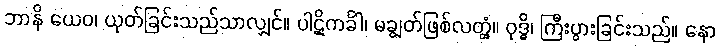
ဘာနိ ယေဝ၊ ယုတ်ခြင်းသည်သာလျှင်။ ပါဋိကင်္ခါ၊ မချွတ်ဖြစ်လတ္တံ့။ ဝုဒ္ဓိ၊ ကြီးပွားခြင်းသည်။ နော